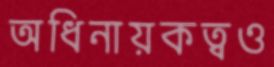
অধিনায়কত্বও